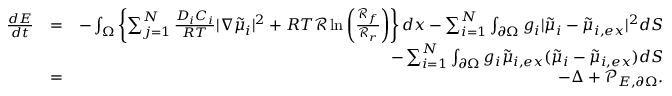
\begin{array} { r l r } { \frac { d E } { d t } } & { = } & { - \int _ { \Omega } \left\{ \sum _ { j = 1 } ^ { N } \frac { D _ { i } C _ { i } } { R T } | \nabla \tilde { \mu } _ { i } | ^ { 2 } + R T \mathcal { R } \ln \left( \frac { \mathcal { R } _ { f } } { \mathcal { R } _ { r } } \right) \right\} d x - \sum _ { i = 1 } ^ { N } \int _ { \partial \Omega } g _ { i } | \tilde { \mu } _ { i } - \tilde { \mu } _ { i , e x } | ^ { 2 } d S } \\ & { } & { - \sum _ { i = 1 } ^ { N } \int _ { \partial \Omega } g _ { i } \tilde { \mu } _ { i , e x } ( \tilde { \mu } _ { i } - \tilde { \mu } _ { i , e x } ) d S } \\ & { = } & { - \Delta + \mathcal { P } _ { E , \partial \Omega } . } \end{array}